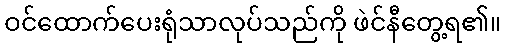
ဝင်ထောက်ပေးရုံသာလုပ်သည်ကို ဖဲင်နီတွေ့ရ၏။